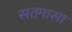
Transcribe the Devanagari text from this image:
सतमासा